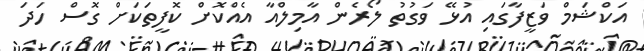
އަކްޝަމް ވަޒީފާގައި އުޅޭ ވަގުތު ލޯރެން އާމިލްއާ އެއްކޮށް ކޮފީތަކަށް ގޮސް ހަދަ